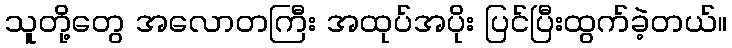
သူတို့တွေ အလောတကြီး အထုပ်အပိုး ပြင်ပြီးထွက်ခဲ့တယ်။